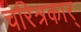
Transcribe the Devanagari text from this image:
चरित्रकार्